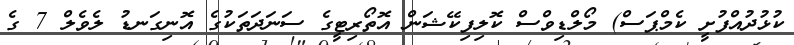
ކުޅުދުއްފުށީ ކެމްޕަސް) މޯލްޑިވްސް ކޮލިފިކޭޝަން އޮތޯރިޓީގެ ސަނަދަތަކުގެ އޮނިގަނޑު ލެވެލް 7 ގެ